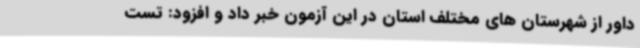
داور از شهرستان های مختلف استان در این آزمون خبر داد و افزود: تست